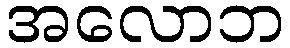
အလောဘ